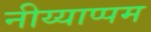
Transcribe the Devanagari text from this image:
नीय्याप्पम